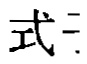
式